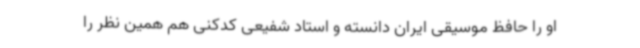
او را حافظ موسیقی ایران دانسته و استاد شفیعی کدکنی هم همین نظر را